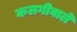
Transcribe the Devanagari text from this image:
कलगीवाले